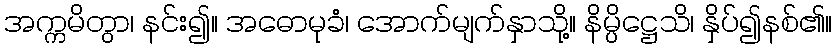
အက္ကမိတွာ၊ နင်း၍။ အဓောမုခံ၊ အောက်မျက်နှာသို့။ နိမ္ပိဋ္ဌေသိ၊ နှိပ်၍နစ်၏။